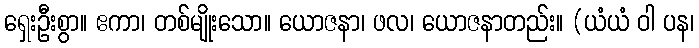
ရှေးဦးစွာ။ ဧကာ၊ တစ်မျိုးသော။ ယောဇနာ၊ ဖလ၊ ယောဇနာတည်း။ (ယံယံ ဝါ ပန၊